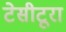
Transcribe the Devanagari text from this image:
टेसीटूरा